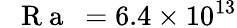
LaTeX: \mathrm{~\textit~{~R~a~}~}=6.4\times 10^{13}